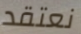
نعتقد